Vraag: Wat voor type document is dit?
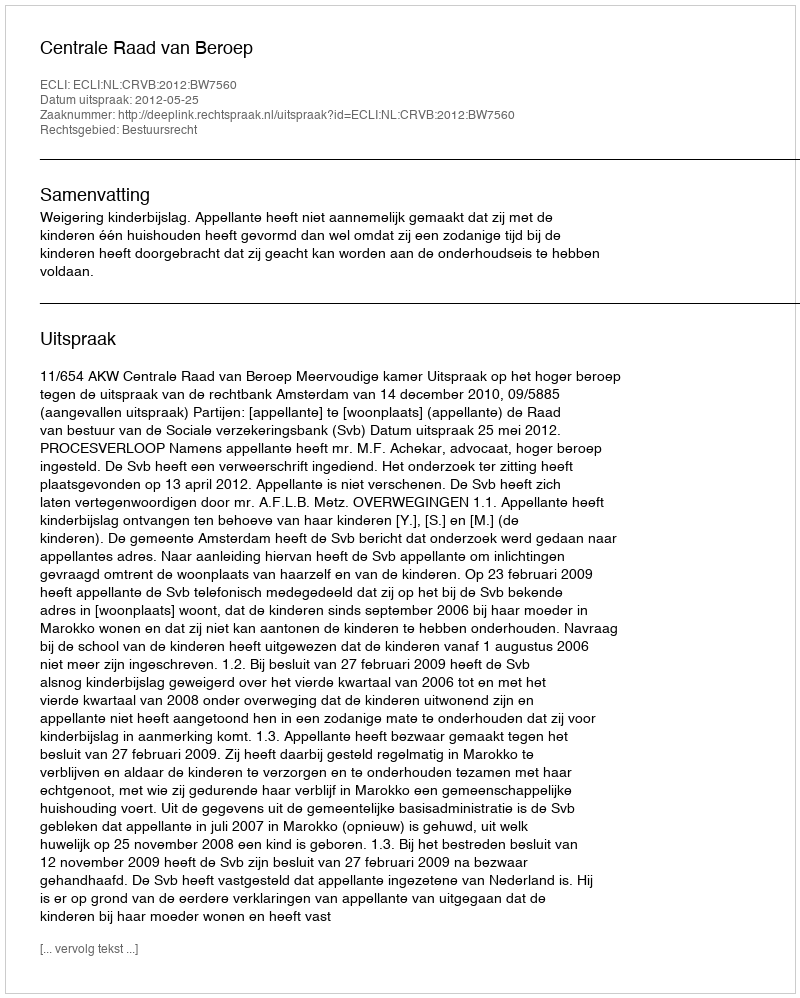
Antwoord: Uitspraak